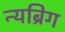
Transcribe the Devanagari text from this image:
न्यब्रिग